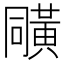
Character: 𪎼